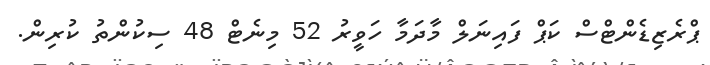
ޕްރެޒިޑެންޓްސް ކަޕް ފައިނަލް މާދަމާ ހަވީރު 52 މިނެޓް 48 ސިކުންތު ކުރިން.